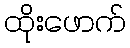
ထိုးဖောက်